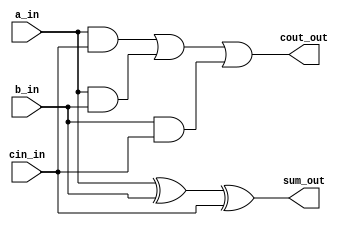
`timescale 1ns/1ns
module fullAdder(a_in,b_in,cin_in,sum_out,cout_out);
	input wire a_in, b_in, cin_in;
	output wire sum_out, cout_out;

	assign sum_out = a_in^b_in^cin_in;
	assign cout_out = (a_in&cin_in)|(a_in&b_in)|(b_in&cin_in);
endmodule